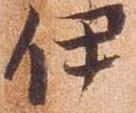
伊